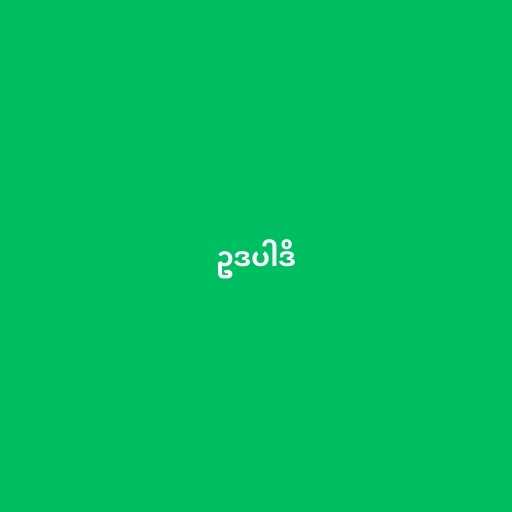
ဥဒပါဒိ